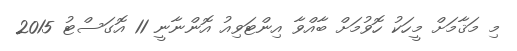
މި މަޤާމަށް މީހަކު ހޮވުމަށް ބާއްވާ އިންޓަވިއު އޮންނާނީ 11 އޮގަސްޓު 2015